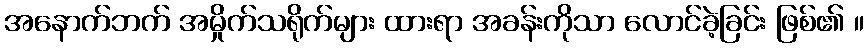
အနောက်ဘက် အမှိုက်သရိုက်များ ထားရာ အခန်းကိုသာ လောင်ခဲ့ခြင်း ဖြစ်၏ ။